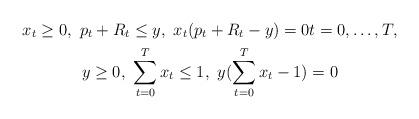
LaTeX: \begin{gather*} x_t\ge 0,\ p_t+R_t\le y,\ x_t(p_t+R_t-y)=0t=0,\ldots,T,\\ y\ge 0,\ \sum_{t=0}^Tx_t\le 1,\ y(\sum_{t=0}^Tx_t-1)=0\end{gather*}